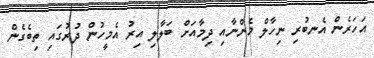
އަހަރެން އެނބުރި ނިހާލް މެންނާއި ދިމާއަށް ބަލާލި އިރު އެމީހުން ދުރުގައި ތިބެގެން